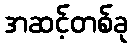
အဆင့်တစ်ခု